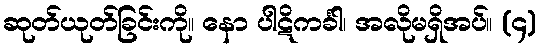
ဆုတ်ယုတ်ခြင်းကို။ နော ပါဋိကင်္ခါ၊ အလိုမရှိအပ်။ (၄)